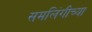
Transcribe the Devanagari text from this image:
समलिंगीच्या